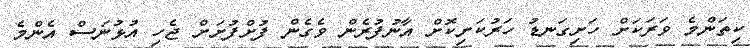
ކިތަންމެ ވަރަކަށް ހަށިގަނޑު ހަރުކަށިކޮށް އާނުފުރެން ވެގެން ފުށްފުށަށް ޖެހި އުޅުނަސް އެންމެ